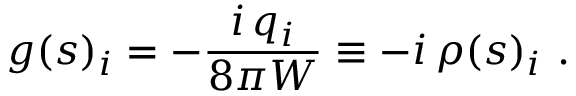
g ( s ) _ { i } = - \frac { i \, q _ { i } } { 8 \pi W } \equiv - i \, \rho ( s ) _ { i } ~ .